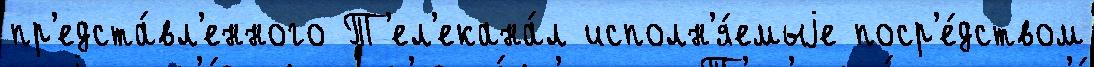
пр'едста́вл'енного Т'ел'екана́л исполн'я́емыjе поср'е́дством